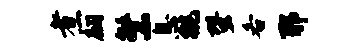
煮翩繁息挑蛩各耶